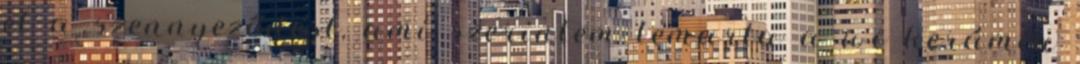
el a szennyeződést, ami szerintem lemarta a wc kerámia